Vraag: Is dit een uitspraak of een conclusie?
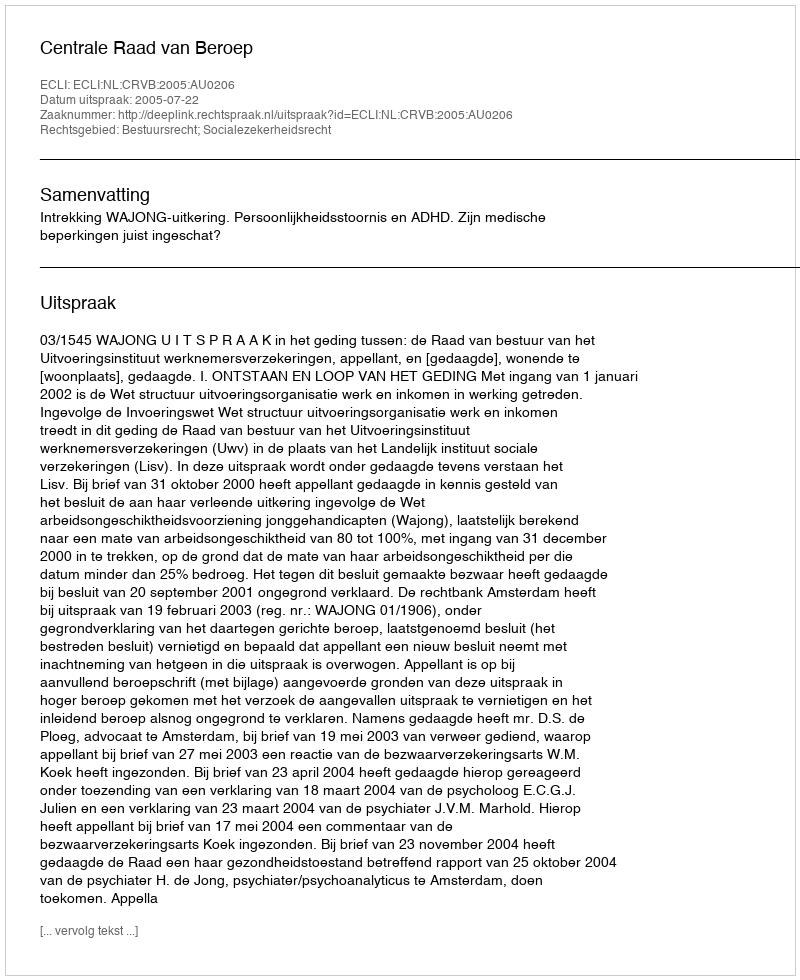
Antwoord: Uitspraak